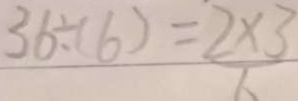
3 6 \div ( 6 ) = 2 \times 3